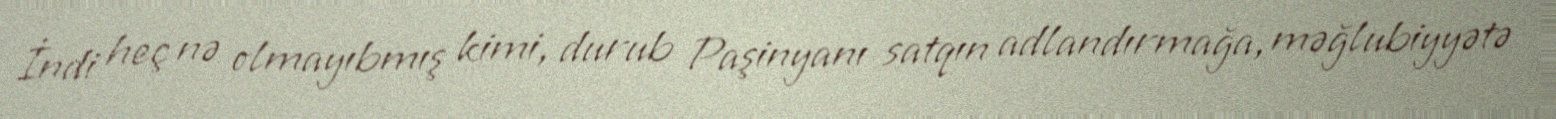
İndi heç nə olmayıbmış kimi, durub Paşinyanı satqın adlandırmağa, məğlubiyyətə